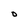
Character: O